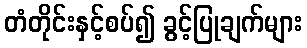
တံတိုင်းနှင့်စပ်၍ ခွင့်ပြုချက်များ